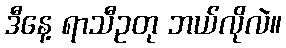
ဒီနေ့ ရာသီဥတု ဘယ်လိုလဲ။